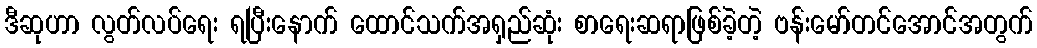
ဒီဆုဟာ လွတ်လပ်ရေး ရပြီးနောက် ထောင်သက်အရှည်ဆုံး စာရေးဆရာဖြစ်ခဲ့တဲ့ ဗန်းမော်တင်အောင်အတွက်